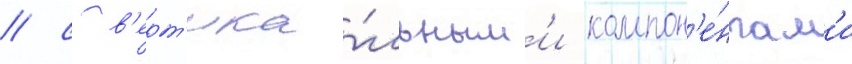
/ с в'ерт'ика́льным'и компон'е́нтам'и